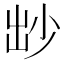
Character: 𡭱